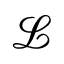
\mathcal { L }